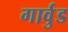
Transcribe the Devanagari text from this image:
गार्वुड